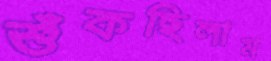
শুঁকছিলাম